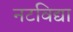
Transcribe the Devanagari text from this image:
नटविद्या